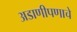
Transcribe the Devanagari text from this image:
अडाणीपणाचे